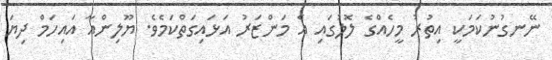
ނޭނގުނުކަމަކީ އިތުރު މީހެއްގެ ލޮލުގައި އެ މަންޒަރު އަޅައިގަތްކަމެވެ. ޔޫލިންއާ އައިހަމް ދިޔަ